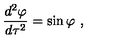
{ \frac { d ^ { 2 } \varphi } { d \tau ^ { 2 } } } = \sin \varphi \ ,